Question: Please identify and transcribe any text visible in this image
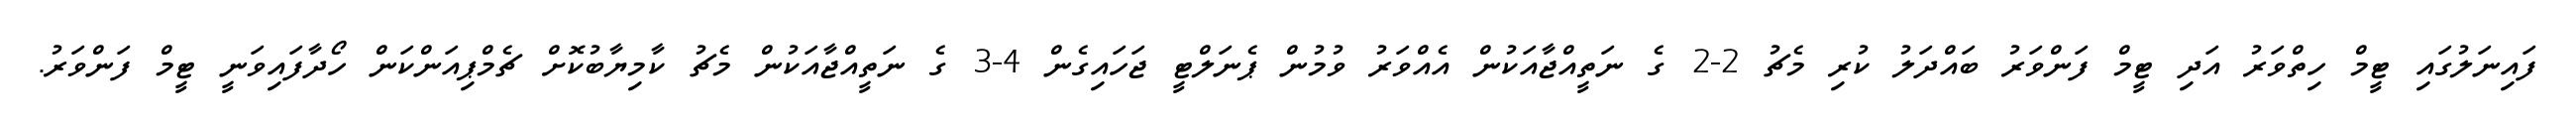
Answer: ފައިނަލުގައި ޓީމް ހިތްވަރު އަދި ޓީމް ފަންވަރު ބައްދަލު ކުރި މެޗު 2-2 ގެ ނަތީއްޖާއަކުން އެއްވަރު ވުމުން ޕެނަލްޓީ ޖަހައިގެން 4-3 ގެ ނަތީއްޖާއަކުން މެޗު ކާމިޔާބުކޮށް ޗެމްޕިއަންކަން ހޯދާފައިވަނީ ޓީމް ފަންވަރު.